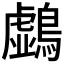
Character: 𪆛